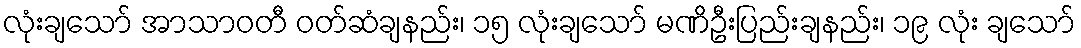
လုံးချသော် အာသာဝတီ ဝတ်ဆံချနည်း၊ ၁၅ လုံးချသော် မဏိဦးပြည်းချနည်း၊ ၁၉ လုံး ချသော်